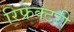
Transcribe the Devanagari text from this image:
रिफ्रेक्टरी